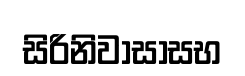
සිරිනිවාසාසභ